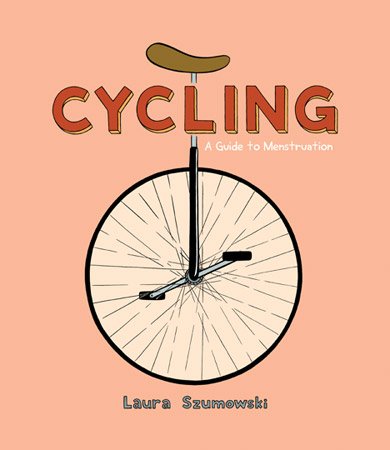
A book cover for Cycling: A Guide to Menstruation; Laura Szumowski; Health, Fitness & Dieting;